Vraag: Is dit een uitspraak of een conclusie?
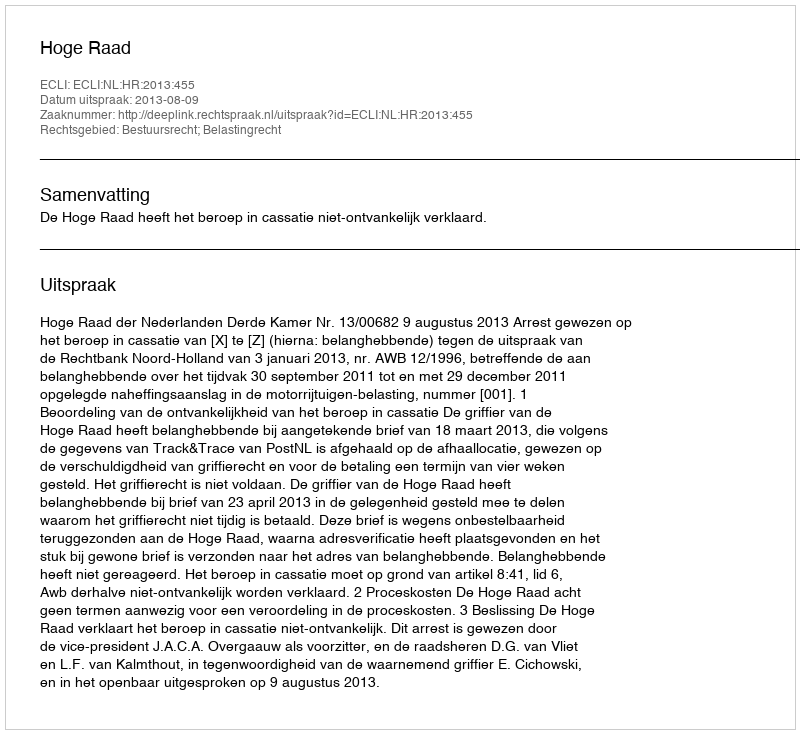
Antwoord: Uitspraak